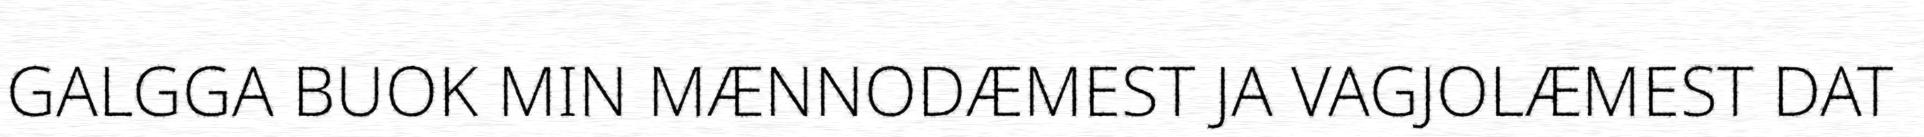
GALGGA BUOK MIN MÆNNODÆMEST JA VAGJOLÆMEST DAT